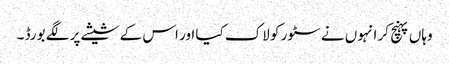
وہاں پہنچ کر انہوں نے سٹور کو لاک کیا اور اس کے شیشے پر لگے بورڈ ۔